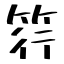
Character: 筕